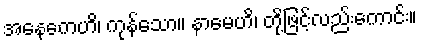
အနေကေဟိ၊ ကုန်သော။ နာမေဟိ၊ တို့ဖြင့်လည်းကောင်း။